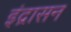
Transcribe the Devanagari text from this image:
इंद्रासन